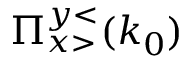
\Pi _ { x > } ^ { y < } ( k _ { 0 } )